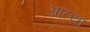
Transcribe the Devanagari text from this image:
अाल्या